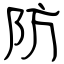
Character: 防